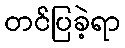
တင်ပြခဲ့ရာ